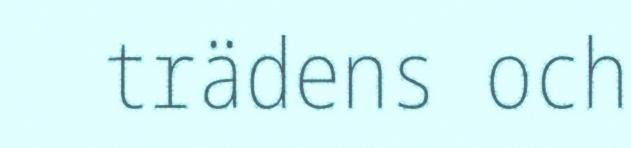
trädens och